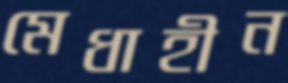
মেধাহীন